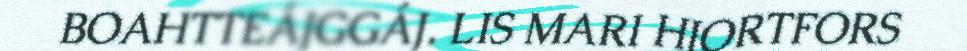
BOAHTTEÁJGGÁJ. LIS MARI HJORTFORS